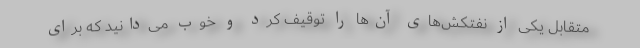
متقابل یکی از نفتکش‌های آن‌ها را توقیف کرد و خوب می‌دانید که برای